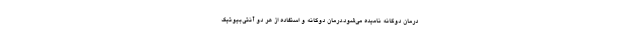
درمان دوگانه نامیده می‌شود.درمان دوگانه و استفاده از هر دو آنتی‌بیوتیک